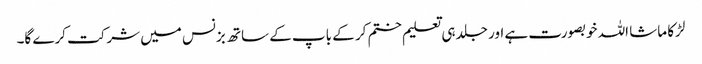
لڑکا ماشا اللہ خوبصورت ہے اور جلد ہی تعلیم ختم کر کے باپ کے ساتھ بزنس میں شرکت کرے گا۔